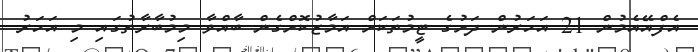
އެފްއޭއެމުން 21 އަހަރުން ދަށުގެ ޓީމުތަކަށް އަމާޒުކޮށްގެން ބާއްވާ މިމުބާރާތުގައި މި އަހަރު